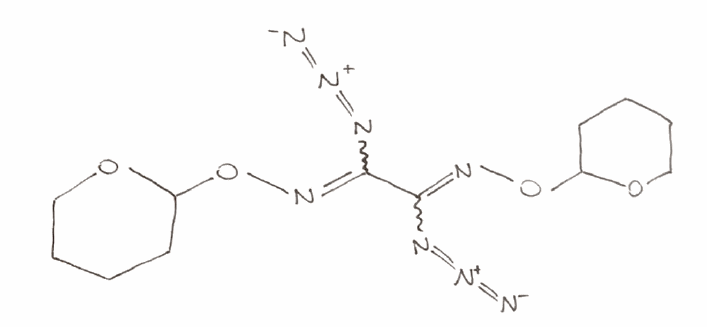
Simplified molecular-input line-entry system (SMILES) notation of the given molecule:
C1CCOC(C1)ON=C(C(=NOC2CCCCO2)N=[N+]=[N-])N=[N+]=[N-]